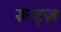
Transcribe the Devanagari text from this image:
रून्ट्ज़